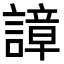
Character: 𧫱